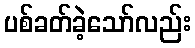
ပစ်ခတ်ခဲ့သော်လည်း